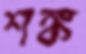
শঙ্ক